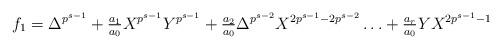
LaTeX: \begin{align*} f_1 = \Delta^{p^{s-1}}+ \tfrac{a_1}{a_0}X^{p^{s-1}}Y^{p^{s-1}}+\tfrac{a_2}{a_0}\Delta^{p^{s-2}}X^{2p^{s-1}-2p^{s-2}}\ldots + \tfrac{a_r}{a_0}YX^{2p^{s-1}-1}\end{align*}